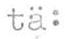
tä: